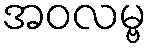
အဝလမ္ဗ